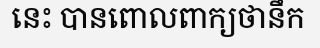
នេះ បានពោលពាក្យថានឹក